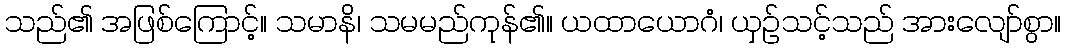
သည်၏ အဖြစ်ကြောင့်။ သမာနိ၊ သမမည်ကုန်၏။ ယထာယောဂံ၊ ယှဉ်သင့်သည် အားလျော်စွာ။